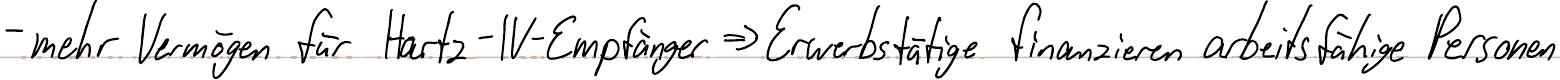
- mehr Vermögen für Hartz-IV-Empfänger => Erwerbstätige finanzieren arbeitsfähige Personen